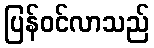
ပြန်ဝင်လာသည်